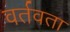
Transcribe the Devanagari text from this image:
वर्तवता